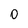
Character: 0